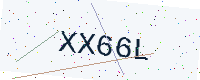
Text: XX66L